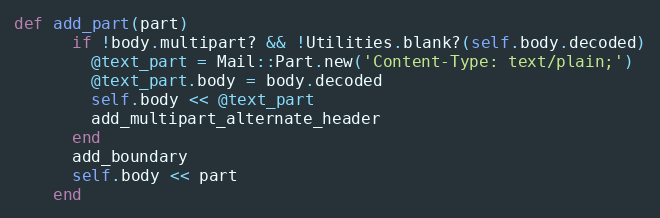
Language: Ruby
def add_part(part)
      if !body.multipart? && !Utilities.blank?(self.body.decoded)
        @text_part = Mail::Part.new('Content-Type: text/plain;')
        @text_part.body = body.decoded
        self.body << @text_part
        add_multipart_alternate_header
      end
      add_boundary
      self.body << part
    end